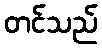
တင်သည်